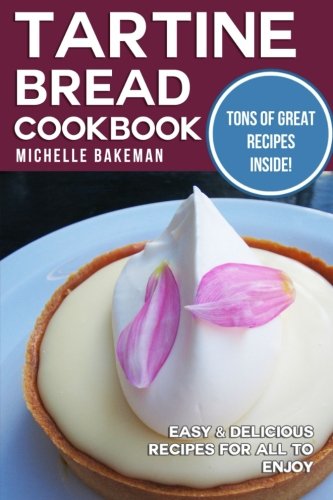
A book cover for Tartine Bread Cookbook: Easy & Delicious Recipes for All to Enjoy; Michelle Bakeman; Cookbooks, Food & Wine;